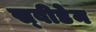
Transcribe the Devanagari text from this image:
स्‍वीडेन